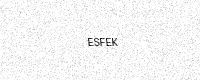
Text: ESFEK